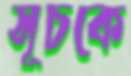
সূচকে